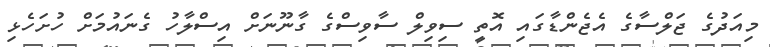
މިއަދުގެ ޖަލްސާގެ އެޖެންޑާގައި އޮތީ ސިވިލް ސާވިސްގެ ގާނޫނަށް އިސްލާހު ގެނައުމަށް ހުށަހެޅި